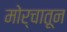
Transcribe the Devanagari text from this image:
मोर्चातून